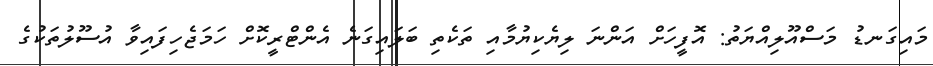
މައިގަނޑު މަސްއޫލިއްޔަތު: އޮފީހަށް އަންނަ ލިޔެކިޔުމާއި ތަކެތި ބަލައިގަނެ އެންޓްރީކޮށް ހަމަޖެހިފައިވާ އުސޫލުތަކުގެ